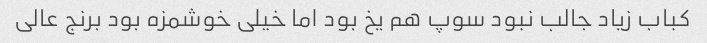
کباب زیاد جالب نبود سوپ هم یخ بود اما خیلی خوشمزه بود برنج عالی